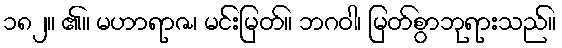
၁၈၂။ ၏။ မဟာရာဇ၊ မင်းမြတ်။ ဘဂဝါ၊ မြတ်စွာဘုရားသည်။